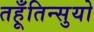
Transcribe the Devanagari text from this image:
तहूँतिन्सुयो